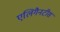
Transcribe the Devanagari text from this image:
एलिगैनटीस